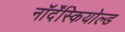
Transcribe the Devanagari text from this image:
नॉर्देंस्कियोल्ड